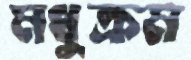
মধুক্রম